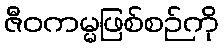
ဇီဝကမ္မဖြစ်စဉ်ကို